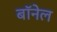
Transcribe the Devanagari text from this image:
बॉनेल